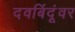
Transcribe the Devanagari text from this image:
दवबिंदूंवर